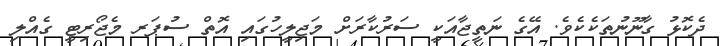
ދެކޮޅު ގާނޫނުތަކެކެވެ. އޭގެ ނަތީޖާއަކީ ސަރުކާރަށް މަޖިލީހުގައި އޮތް ސުޕަރ މެޖޯރިޓީ ގެއްލި